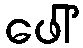
ဖေါ်